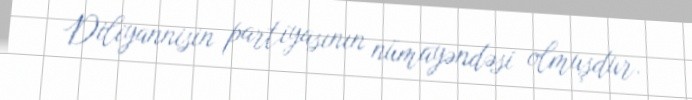
Diliyannisin partiyasının nümayəndəsi olmuşdur.